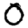
Digit: 0